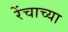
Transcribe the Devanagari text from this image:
रेंचाच्या